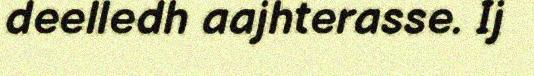
deelledh aajhterasse. Ij